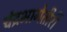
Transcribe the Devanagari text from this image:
चंद्रभागेतीरीं